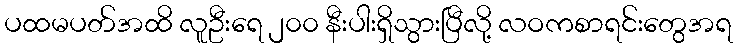
ပထမပတ်အထိ လူဦးရေ ၂၀၀ နီးပါးရှိသွားပြီလို့ လဝကစာရင်းတွေအရ